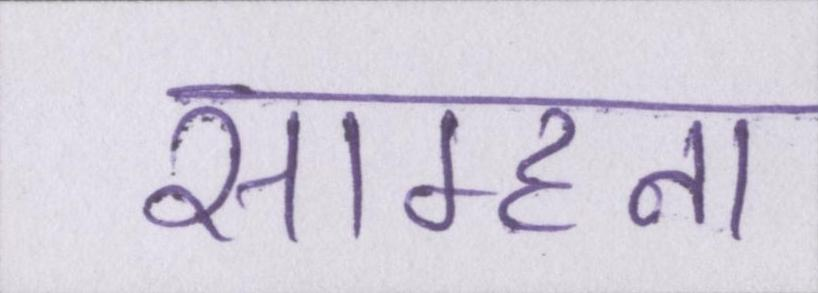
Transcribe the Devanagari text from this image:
साम्हना